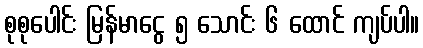
စုစုပေါင်း မြန်မာငွေ ၅ သောင်း ၆ ထောင် ကျပ်ပါ။